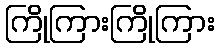
ကြိုကြားကြိုကြား